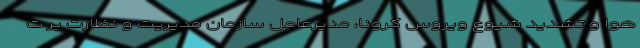
هوا و تشدید شیوع ویروس کرونا، مدیرعامل سازمان مدیریت و نظارت بر ت